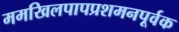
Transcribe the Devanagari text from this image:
ममखिलपापप्रशमनपूर्वक